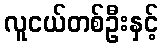
လူငယ်တစ်ဦးနှင့်